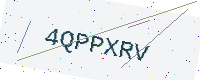
Text: 4QPPXRV